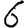
Digit: 6